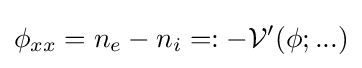
\phi _{xx}=n_{e}-n_{i}=:-{\mathcal {V}}'(\phi ;...)